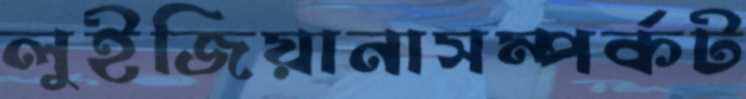
লুইজিয়ানাসম্পর্কট